Plague in India, 1896, 1897 - Volume 2
Year: 1896
Disease focus: Plague
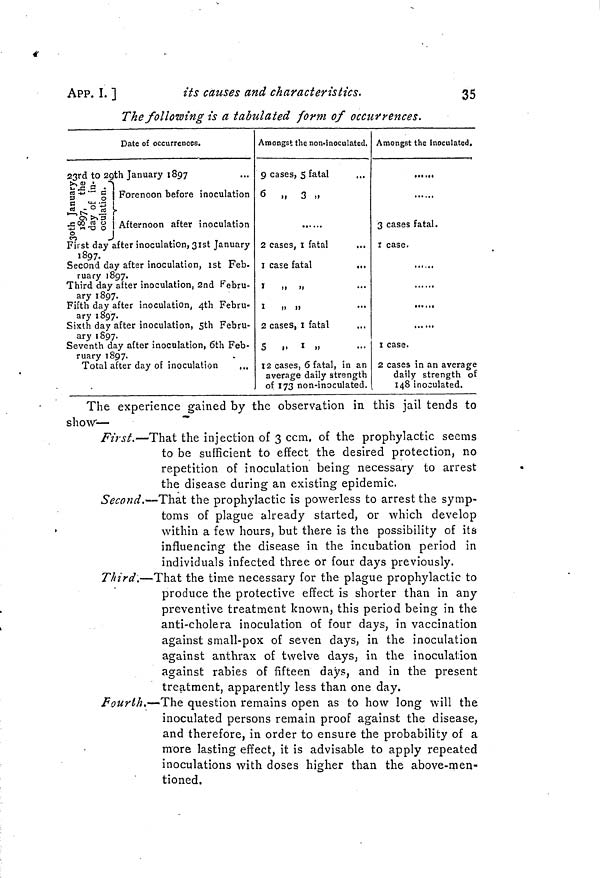
APP. I. ]
its causes and characteristics.
35
The following is a tabulated form of occurrences.
Date of occurrences.
2323rd to January 1897
Forenoon before inoculation
Afternoon after inoculation
First day after inoculation, 3 1st January
18
Second day after inoculation, 1st Feb.
ruary 1897.
Third day after inoculation, 2nd Febru-
ary 1897.
Fifth day after inoculation, 4th Febru-
ary 1897.
Sixth day after inoculation, 5th Febru-
ary 1897.
Seventh day after inoculation, 6th Feb-
ruary 1897.
Total after day of inoculation
...
Amongst the non-lculated.
9 cases, 5 fatal
6
.
3 ,•
2 cases, 1 fatal
...
1 case fatal
...
1
,,
,,
•••
1
,,
,,
•••
2 cases,1 fatal
5 ,, 1 ,,
12 cases, 6 fatal, in an
average daily strength
of 173 non-inoculated.
Amongst the inoculated.
3 cases fatal.
1 case
......
... ...
««« ..i
1cases
2 cases in an average
daily strength of
148 inoculated.
The experience gained by the observation in this jail tends to
show—
-
First.—That the injection of 3 ccm, of the prophylactic seems
to be sufficient to effect the desired protection, no
repetition of inoculation being necessary to arrest
the disease during an existing epidemic.
Second.—That the prophylactic is powerless to arrest the symp-
toms of plague already started, or which develop
'
within a few hours, but there is the possibility of its
influencing the disease in the incubation period in
individuals infected three or four days previously.
Third,—That the time necessary for the plague prophylactic to
produce the protective effect is shorter than in any
preventive treatment known, this period being in the
anti-cholera inoculation of four days, in vaccination
against small-pox of seven days, in the inoculation
against anthrax of twelve days, in the inoculation
against rabies of fifteen days, and in the present
treatment, apparently less than one day.
Fourth.—The question remains open as to how long will the
inoculated persons remain proof against the disease,
and therefore, in order to ensure the probability of a
more lasting effect, it is advisable to apply repeated
inoculations with doses higher than the above-men-
tioned.